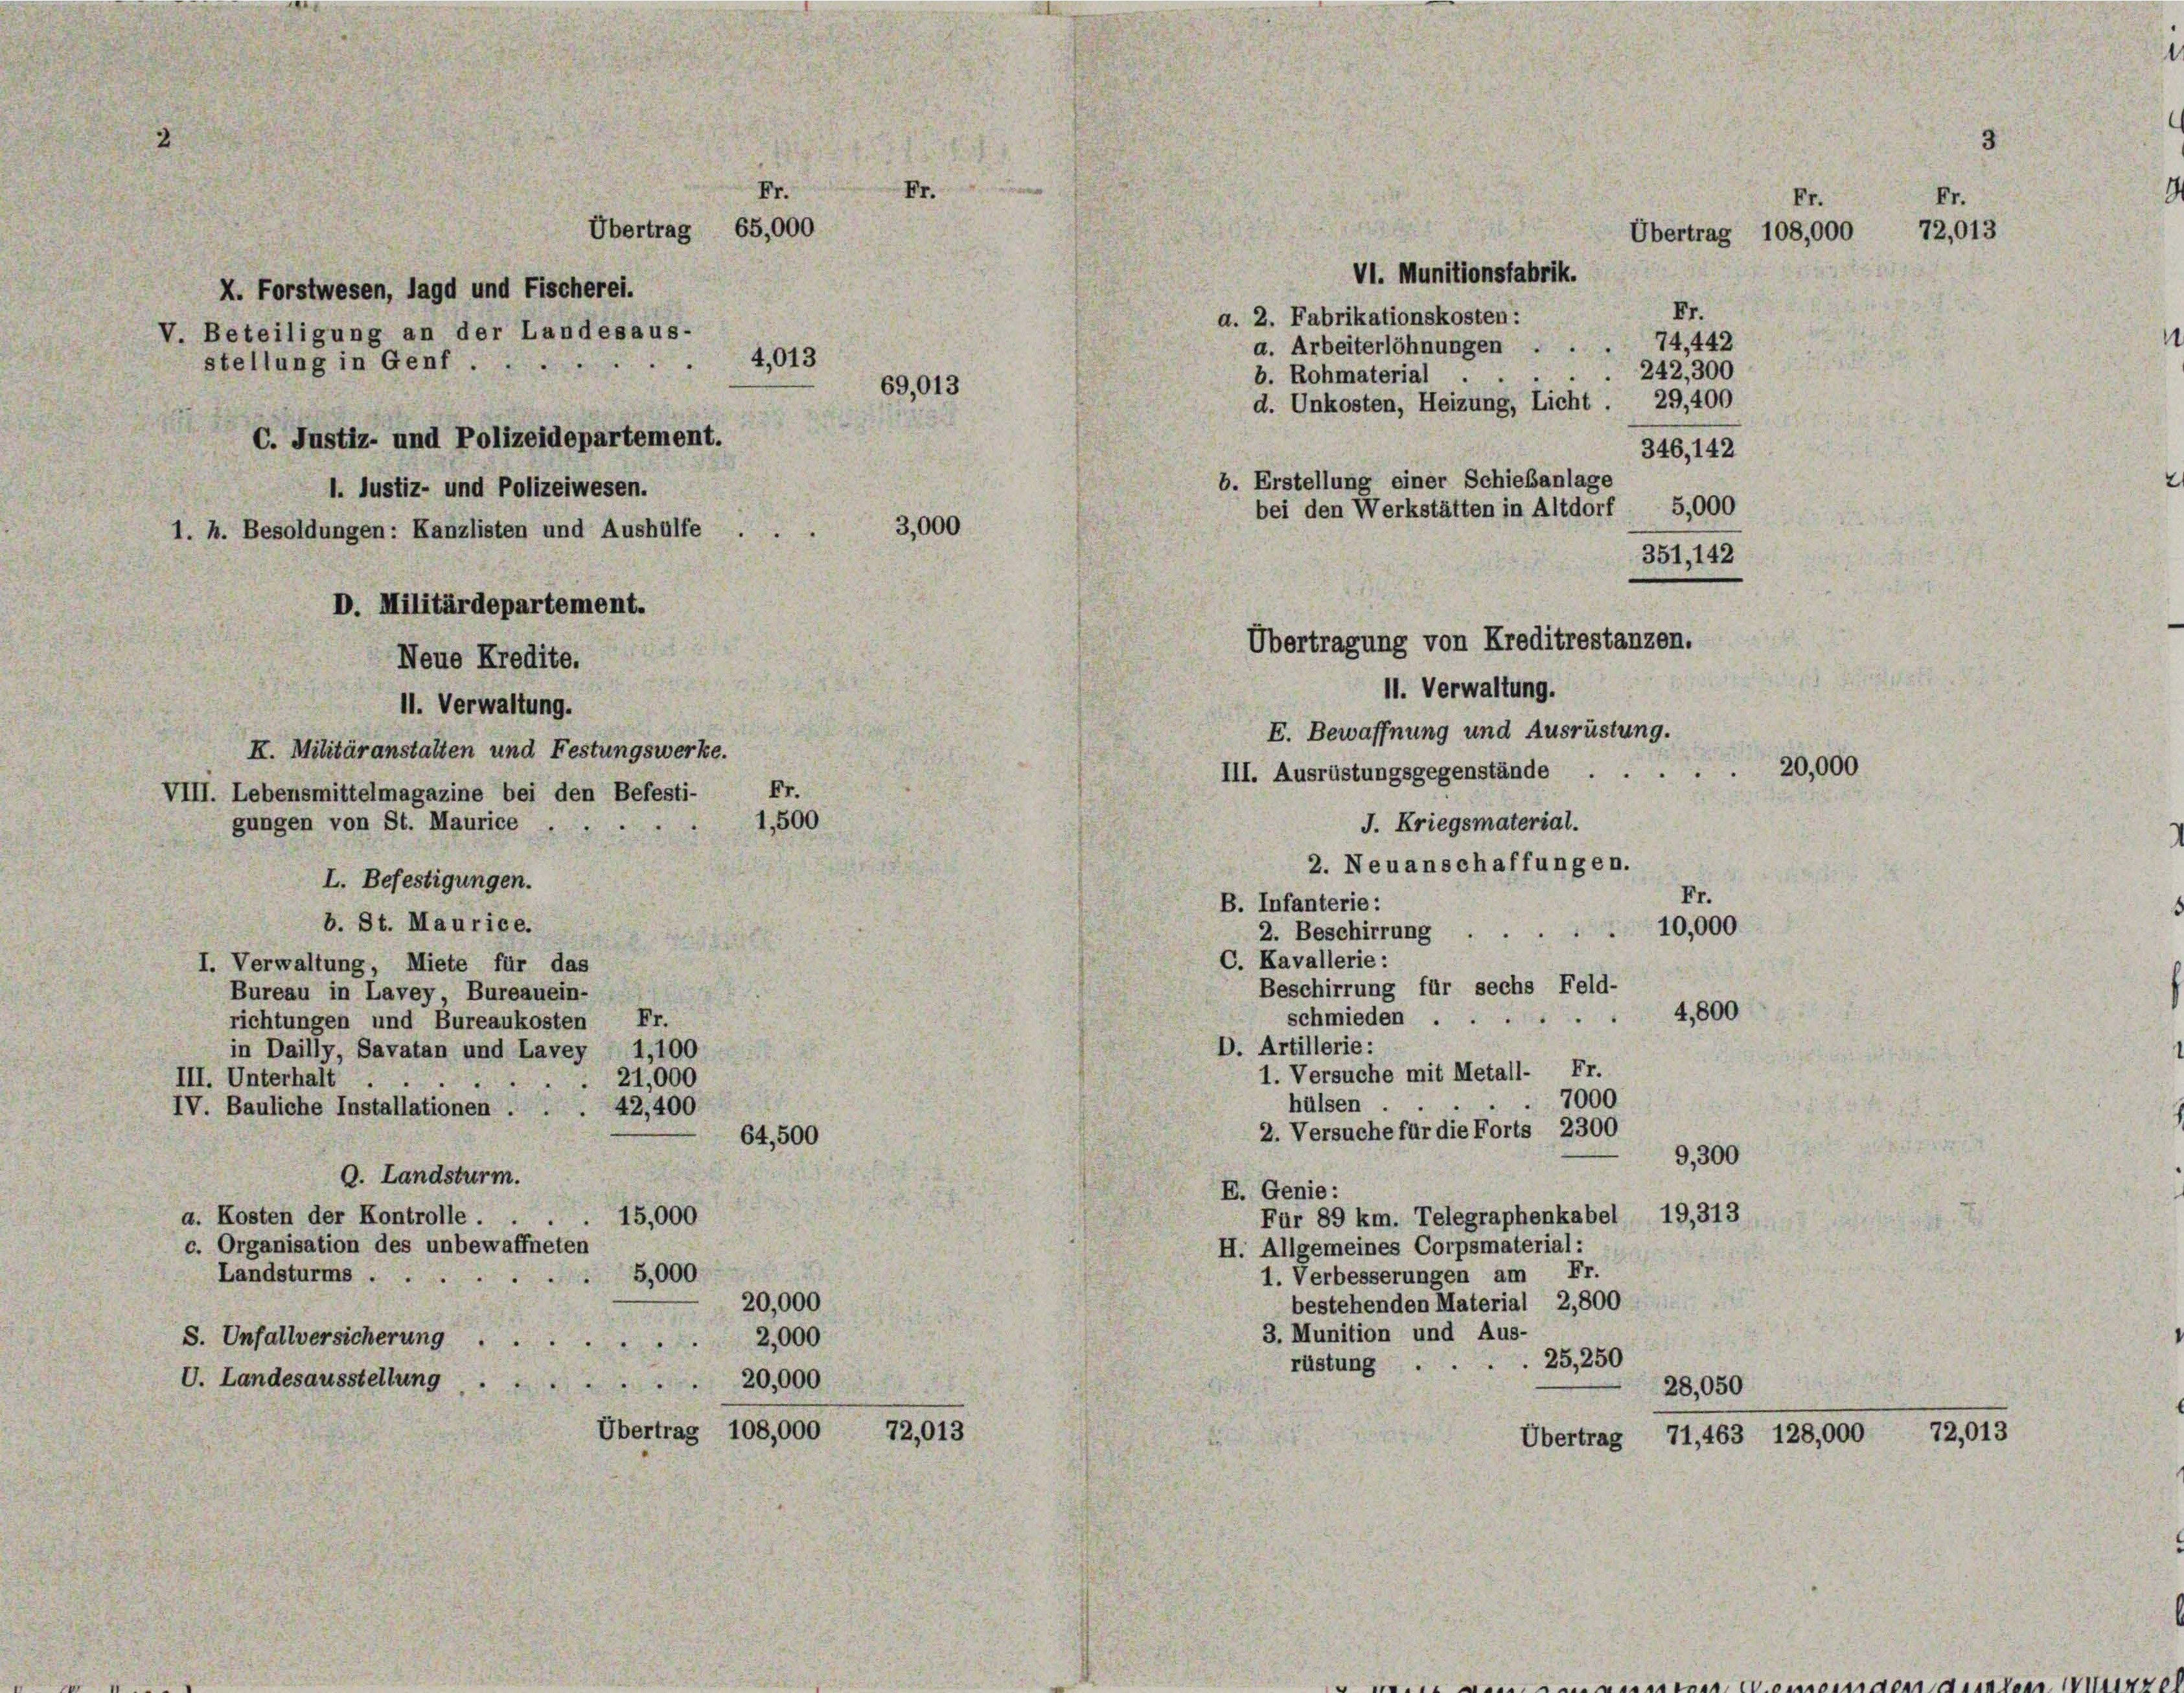
Fr.
Fr.
Übertrag 65,000
X. Forstwesen, lagd und Fischerei.
V. Beteiligung an der Landesaus-
4,013
stellung in Genf.
69,013
C. Justiz- und Polizeidepartement.
1. Justiz- und Polizeiwesen.
3,000
1. h. Besoldungen: Kanzlisten und Aushülfe
D. Militärdepartement.
Neue Kredite.
II. Verwaltung.
K. Militäranstalten und Festungswerke.
VIII. Lebensmittelmagazine bei den Befesti- Fr.

a. 2. Fabrikationskosten:
a. Arbeiterlöhnungen
b. Rohmaterial.
d. Unkosten, Heizung, Licht
346, 142
b. Erstellung einer Schiebanlage
bei den Werkstätten in Altdorf 5,000
351, 142

11. Verwaltung.
E. Bewaffnung und Ausrüstung.
III. Ausrüstungsgegenstände 20,000
J. Kriegsmaterial.

Übertragung von Kreditrestanzen.

VI. Munitionsfabrik.

Fr.
Fr.
Übertrag 108,000 72,013
Fr.
74, 442
242, 300
29,400

1,500
gungen von St. Maurice
2. Neuanschaffungen.
L. Befestigungen.
Fr.
B. Infanterie:
b. St. Maurice.
10,000
2. Beschirrung
C. Kavallerie:
I. Verwaltung, Miete für das
Beschirrung für sechs Feld-
Bureau in Lavey, Bureauein-
4,800
schmieden.
richtungen und Bureaukosten Fr.
D. Artillerie:
in Dailly, Savatan und Lavey 1,100
1. Versuche mit Metall- Fr.
21,000
III. Unterhalt
7000
hülsen
IV. Bauliche Installationen .
42,400
2. Versuche für die Forts 2300
64,500
9,300
9. Landsturm.
E. Genie:
a. Kosten der Kontrolle . .
15,000
Für 89 km. Telegraphenkabel 19,313
c. Organisation des unbewaffneten
H. Allgemeines Corpsmaterial:
5,000.
Landsturms ...
1. Verbesserungen am Fr.
20,000
bestehenden Material 2,800
3. Munition und Aus-
S. Unfallversicherung
2,000
rüstung.25,250
U. Landesausstellung
 20,000
28,050
Übertrag 108,000 72,013
Übertrag 71,463 128,000 72,013